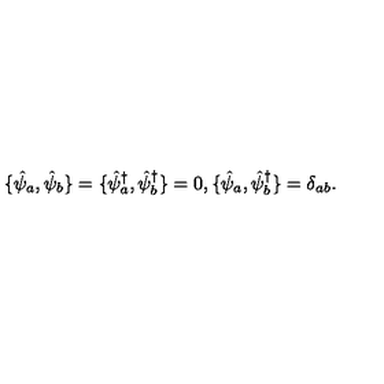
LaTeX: \{ \hat { \psi } _ { a } , \hat { \psi } _ { b } \} = \{ \hat { \psi } _ { a } ^ { \dagger } , \hat { \psi } _ { b } ^ { \dagger } \} = 0 , \{ \hat { \psi } _ { a } , \hat { \psi } _ { b } ^ { \dagger } \} = \delta _ { a b } .